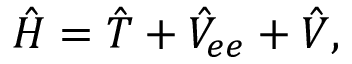
\hat { H } = \hat { T } + \hat { V } _ { e e } + \hat { V } ,